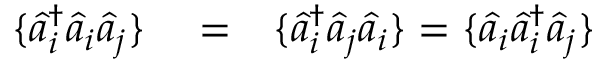
\begin{array} { r l r } { \{ \hat { a } _ { i } ^ { \dagger } \hat { a } _ { i } \hat { a } _ { j } \} } & { { } = } & { \{ \hat { a } _ { i } ^ { \dagger } \hat { a } _ { j } \hat { a } _ { i } \} = \{ \hat { a } _ { i } \hat { a } _ { i } ^ { \dagger } \hat { a } _ { j } \} } \end{array}